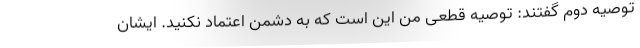
توصیه دوم گفتند: توصیه قطعی من این است که به دشمن اعتماد نکنید. ایشان